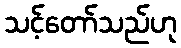
သင့်တော်သည်ဟု